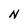
Character: N